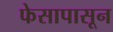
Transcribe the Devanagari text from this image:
फेसापासून